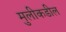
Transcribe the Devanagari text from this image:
मुलीकडील